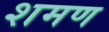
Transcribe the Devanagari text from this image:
शमण